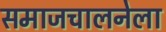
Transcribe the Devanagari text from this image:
समाजचालनेला